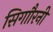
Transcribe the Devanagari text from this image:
सिगाौरनी